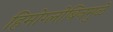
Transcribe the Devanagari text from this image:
हिमोग्लोबिनमुळे